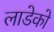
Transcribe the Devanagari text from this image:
लाडेको